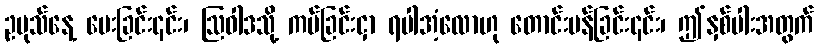
ဥပုသ်နေ့ မေးခြင်း၎င်း၊ ဩဝါဒသို့ ကပ်ခြင်းငှာ ရပါအံ့လောဟု တောင်းပန်ခြင်း၎င်း၊ ဤနှစ်ပါးအတွက်